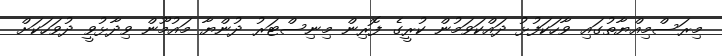
މިރަސްމިއްޔާތުގައި ވާހަކަފުޅު ދައްކަވަމުން ކުރީގެ ފޮރިން މިނިސްޓަރު ދުންޔާ މައުމޫން ވިދާޅުވީ ދުވަހަކަށް